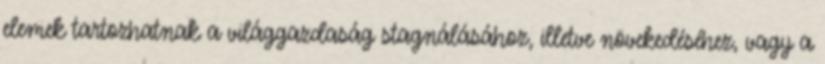
elemek tartozhatnak a világgazdaság stagnálásához, illetve növekedéséhez, vagy a